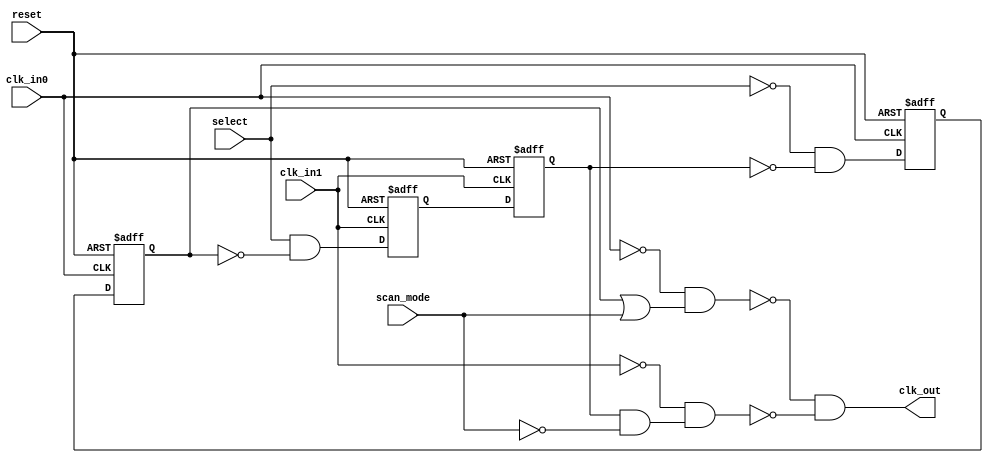
module  omsp_clock_mux (

// OUTPUTs
    clk_out,                   // Clock output

// INPUTs
    clk_in0,                   // Clock input 0
    clk_in1,                   // Clock input 1
    reset,                     // Reset
    scan_mode,                 // Scan mode (clk_in0 is selected in scan mode)
    select                     // Clock selection
);

// OUTPUTs
//=========
output         clk_out;        // Clock output

// INPUTs
//=========
input          clk_in0;        // Clock input 0
input          clk_in1;        // Clock input 1
input          reset;          // Reset
input          scan_mode;      // Scan mode (clk_in0 is selected in scan mode)
input          select;         // Clock selection


//===========================================================================================================================//
// 1)  CLOCK MUX                                                                                                             //
//===========================================================================================================================//
//                                                                                                                           //
//    The following (glitch free) clock mux is implemented as following:                                                     //
//                                                                                                                           //
//                                                                                                                           //
//                                                                                                                           //
//                                                                                                                           //
//                                   +-----.     +--------+   +--------+                                                     //
//       select >>----+-------------O|      \    |        |   |        |          +-----.                                    //
//                    |              |       |---| D    Q |---| D    Q |--+-------|      \                                   //
//                    |     +-------O|      /    |        |   |        |  |       |       |O-+                               //
//                    |     |        +-----'     |        |   |        |  |   +--O|      /   |                               //
//                    |     |                    |   /\   |   |   /\   |  |   |   +-----'    |                               //
//                    |     |                    +--+--+--+   +--+--+--+  |   |              |                               //
//                    |     |                        O            |       |   |              |                               //
//                    |     |                        |            |       |   |              |  +-----.                      //
//       clk_in0 >>----------------------------------+------------+-----------+              +--|      \                     //
//                    |     |                                             |                     |       |----<< clk_out      //
//                    |     |     +---------------------------------------+                  +--|      /                     //
//                    |     |     |                                                          |  +-----'                      //
//                    |     +---------------------------------------------+                  |                               //
//                    |           |                                       |                  |                               //
//                    |           |  +-----.     +--------+   +--------+  |                  |                               //
//                    |           +-O|      \    |        |   |        |  |       +-----.    |                               //
//                    |              |       |---| D    Q |---| D    Q |--+-------|      \   |                               //
//                    +--------------|      /    |        |   |        |          |       |O-+                               //
//                                   +-----'     |        |   |        |      +--O|      /                                   //
//                                               |   /\   |   |   /\   |      |   +-----'                                    //
//                                               +--+--+--+   +--+--+--+      |                                              //
//                                                   O            |           |                                              //
//                                                   |            |           |                                              //
//       clk_in1 >>----------------------------------+------------+-----------+                                              //
//                                                                                                                           //
//                                                                                                                           //
//===========================================================================================================================//

//-----------------------------------------------------------------------------
// Wire declarations
//-----------------------------------------------------------------------------
   
wire in0_select;
reg  in0_select_s;
reg  in0_select_ss;
wire in0_enable;

wire in1_select;
reg  in1_select_s;
reg  in1_select_ss;
wire in1_enable;

wire clk_in0_inv;
wire clk_in1_inv;
wire gated_clk_in0;
wire gated_clk_in1;


//-----------------------------------------------------------------------------
// CLK_IN0 Selection
//-----------------------------------------------------------------------------
   
assign in0_select = ~select & ~in1_select_ss;
   
always @ (posedge clk_in0_inv or posedge reset)
  if (reset) in0_select_s  <=  1'b1;
  else       in0_select_s  <=  in0_select;

always @ (posedge clk_in0     or posedge reset)
  if (reset) in0_select_ss <=  1'b1;
  else       in0_select_ss <=  in0_select_s;

assign in0_enable = in0_select_ss | scan_mode;


//-----------------------------------------------------------------------------
// CLK_IN1 Selection
//-----------------------------------------------------------------------------
   
assign in1_select =  select & ~in0_select_ss;
   
always @ (posedge clk_in1_inv or posedge reset)
  if (reset) in1_select_s  <=  1'b0;
  else       in1_select_s  <=  in1_select;

always @ (posedge clk_in1     or posedge reset)
  if (reset) in1_select_ss <=  1'b0;
  else       in1_select_ss <=  in1_select_s;

assign in1_enable = in1_select_ss & ~scan_mode;

   
//-----------------------------------------------------------------------------
// Clock MUX
//-----------------------------------------------------------------------------
//
// IMPORTANT NOTE:
//                  Because the clock network is a critical part of the design,
//                 the following combinatorial logic should be replaced with
//                 direct instanciation of standard cells from target library.
//                  Don't forget the "dont_touch" attribute to make sure
//                 synthesis won't mess it up.
//

// Replace with standard cell INVERTER
assign clk_in0_inv   = ~clk_in0;
assign clk_in1_inv   = ~clk_in1;


// Replace with standard cell NAND2
assign gated_clk_in0 = ~(clk_in0_inv & in0_enable);
assign gated_clk_in1 = ~(clk_in1_inv & in1_enable);
   

// Replace with standard cell AND2
assign clk_out       =  (gated_clk_in0 & gated_clk_in1);



endmodule